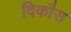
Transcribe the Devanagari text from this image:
विकाैस